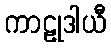
ကာဠုဒါယီ